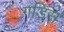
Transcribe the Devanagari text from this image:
गडिस